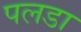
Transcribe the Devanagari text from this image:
पलडा